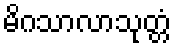
မိဂသာလာသုတ္တံ